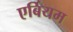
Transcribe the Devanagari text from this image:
एर्बियम